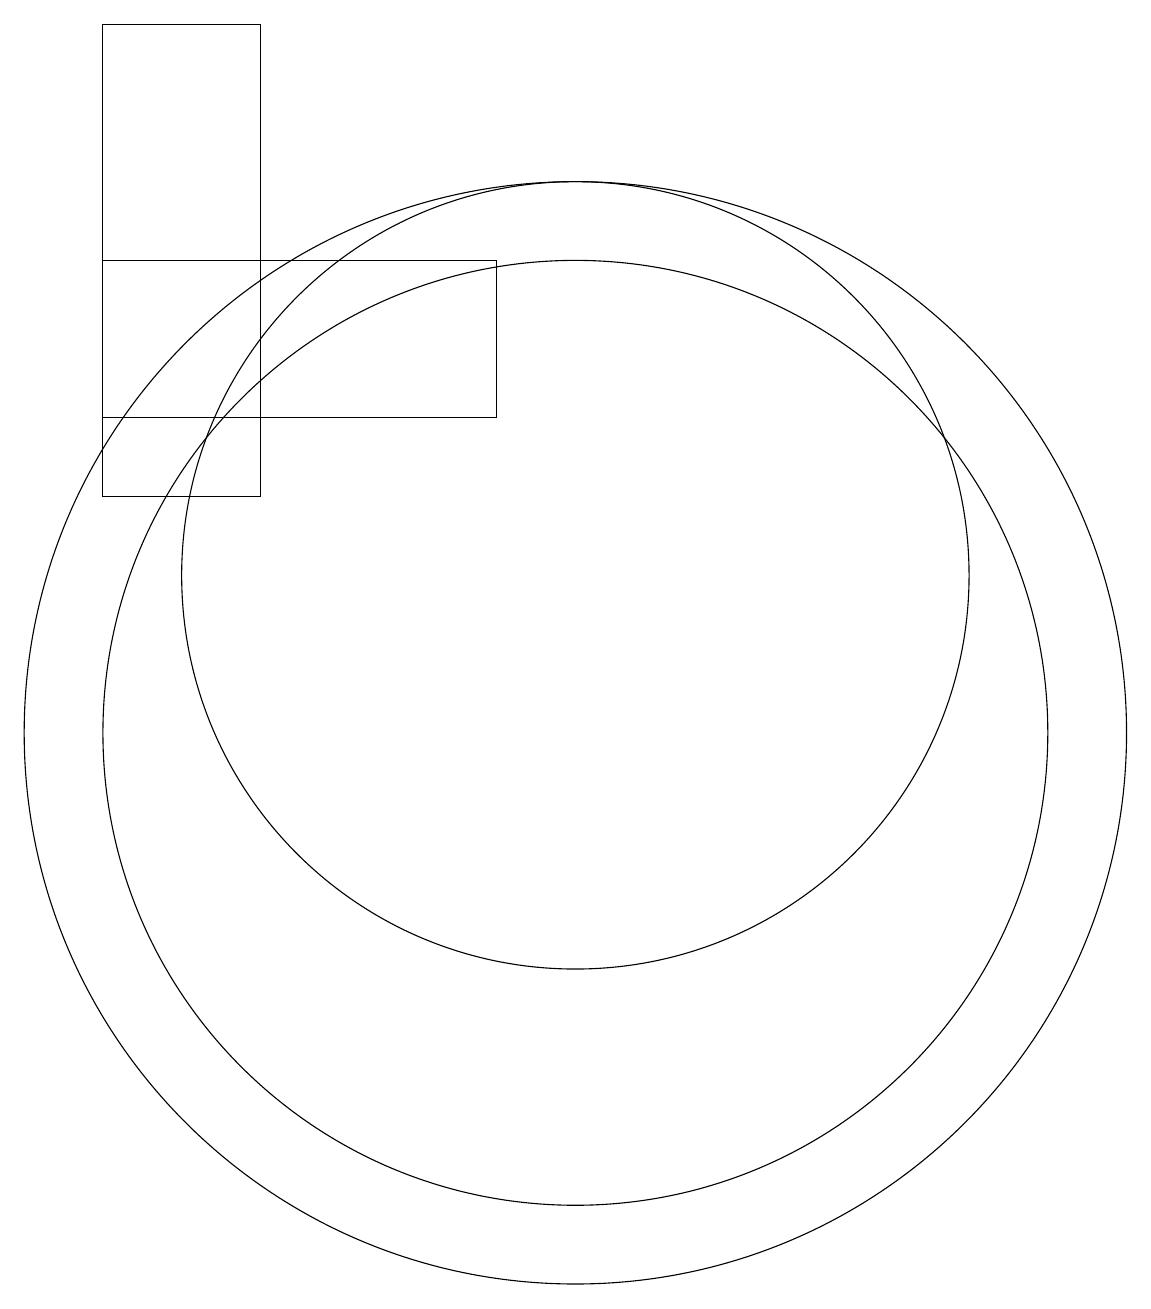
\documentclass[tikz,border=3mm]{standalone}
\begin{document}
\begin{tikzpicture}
\draw (10,10) circle (6);
\draw (4,19) rectangle (6,13);
\draw (10,10) circle (7);
\draw (10,12) circle (5);
\draw (4,14) rectangle (9,16);
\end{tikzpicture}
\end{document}